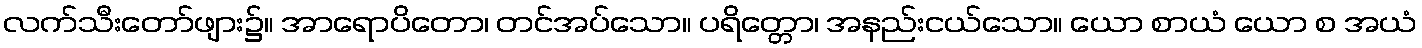
လက်သီးတော်ဖျား၌။ အာရောပိတော၊ တင်အပ်သော။ ပရိတ္တော၊ အနည်းငယ်သော။ ယော စာယံ ယော စ အယံ